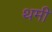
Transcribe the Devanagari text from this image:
थमी